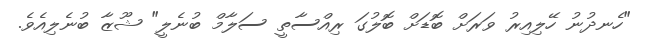
"ހެނދުނު ހޭލިއިރު ވަރަށް ބޮޑަށް ބޮލުގަ ރިއްސާތީ ސަލާމް ބުނެލީ" ޝޫޒާ ބުނެލިއެވެ.